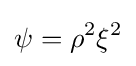
\psi =\rho ^{2}\xi ^{2}